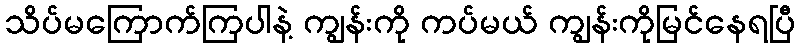
သိပ်မကြောက်ကြပါနဲ့ ကျွန်းကို ကပ်မယ် ကျွန်းကိုမြင်နေရပြီ